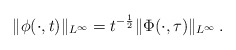
\begin{align*} \| \phi(\cdot,t) \|_{L^\infty} = t^{-\frac{1}{2}} \| \Phi(\cdot,\tau) \|_{L^\infty} \, .\end{align*}